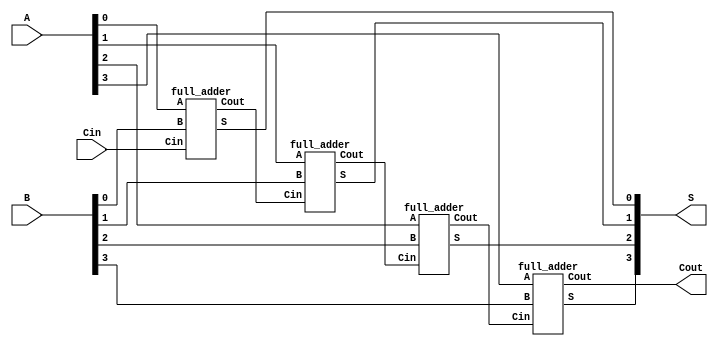
`timescale 1ns / 1ps
//////////////////////////////////////////////////////////////////////////////////
// Company: 
// Engineer: 
// 
// Design Name: 
// Module Name: project5
// Project Name: 
// Target Devices: 
// Tool Versions: 
// Description: 
// 
// Dependencies: 
// 
// Revision:
// Revision 0.01 - File Created
// Additional Comments:
// 
//////////////////////////////////////////////////////////////////////////////////


module project5(
    input [3:0] A,
    input [3:0] B,
    input Cin,
    output [3:0] S,
    output Cout
);

wire [3:0] Co;

full_adder fulladder1(A[0], B[0], Cin, S[0], Co[0]);
full_adder fulladder2(A[1], B[1], Co[0], S[1], Co[1]);
full_adder fulladder3(A[2], B[2], Co[1], S[2], Co[2]);
full_adder fulladder4(A[3], B[3], Co[2], S[3], Cout);

endmodule

module full_adder(
    input A,
    input B,
    input Cin,
    output S,
    output Cout
);

assign S = A ^ B ^ Cin;
assign Cout = (A & B) | (A & Cin) | (B & Cin);

endmodule